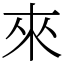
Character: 來